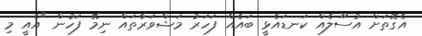
އެގޮތަށް އުސޫލެއް ކަނޑައެޅީ ބައެއް ފަހަރު މަޝްވަރާތައް ނިމޭ ފަހުން "އެއީ މި